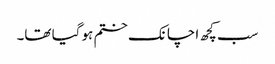
سب کچھ اچانک ختم ہو گیا تھا۔